Indian journal of veterinary science and animal husbandry - Volume 12,
Year: 1942
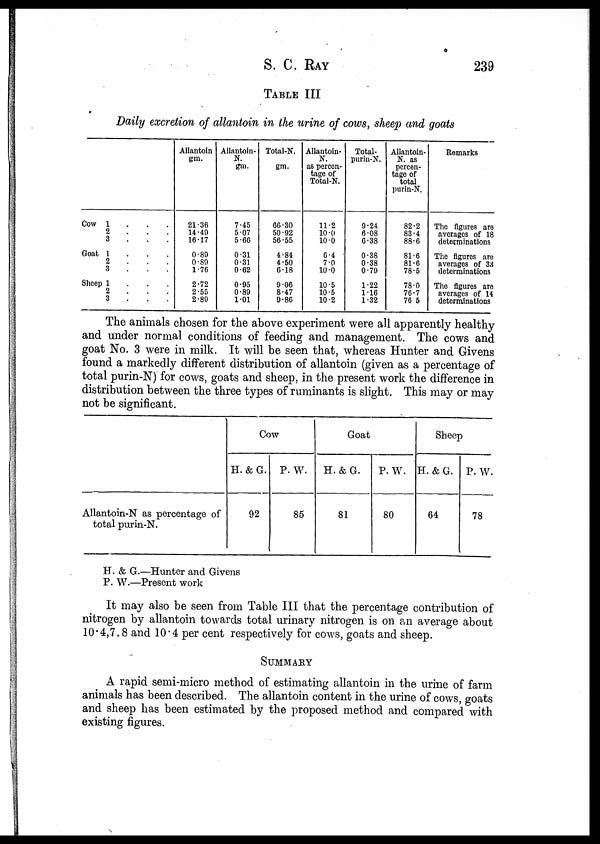
S. C. RAY 239
TABLE III
Daily excretion of allantoin in the urine of cows, sheep and goats
Cow 1 . . .
2 . . .
3
.
.
.
Goat 1 . . .
2 . . .
3 . . .
Sheep 1
.
.
.
2 . . .
3 . . .
Allantoin
gm.
21.36
14.49
16.17
0.89
0.89
1.76
2.72
2.55
2.89
Allantoin
N.
gm.
7.45
5.07
5.66
0.31
0.31
0.62
0.95
0.89
1.01
Total-N.
gm.
66.30
50.92
56.55
4.84
4.50
6.18
9.06
8.47
9.86
Allantoin.
N.
as percen-
tage of
Total-N.
11.2
10.0
10.0
6.4
7.0
10.0
10.5
10.5
10.2
Total.
purin-N.
9.24
6.08
6.38
0.38
0.38
0.79
1.22
1.16
1.32
Allantoin.
N. as
percen-
tage of
total
purin-N.
82.2
83.4
88.6
81.6
81.6
78.5
78.0
76.7
76.5
Remarks
The figures are
averages of 18
determinations
The figures are
averages of 33
determinations
The figures are
averages of 14
determinations
The animals chosen for the above experiment were all apparently healthy
and under normal conditions of feeding and management. The cows and
goat No. 3 were in milk. It will be seen that, whereas Hunter and Givens
found a markedly different distribution of allantoin (given as a percentage of
total purin-N) for cows, goats and sheep, in the present work the difference in
distribution between the three types of ruminants is slight. This may or may
not be significant.
Allantoin-N as percentage of
total purin-N.
Cow
H.&G.
92
P. W.
85
Goat
H.&G.
81
P.W.
80
Sheep
H.&G.
64
P.W.
78
H. & G.—Hunter and Givens
P. W.—Present work
It may also be seen from Table III that the percentage contribution of
nitrogen by allantoin towards total urinary nitrogen is on an average about
10.4,7.8 and 10.4 per cent respectively for cows, goats and sheep.
SUMMARY
A rapid semi-micro method of estimating allantoin in the urine of farm
animals has been described. The allantoin content in the urine of cows, goats
and sheep has been estimated by the proposed method and compared with
existing figures.